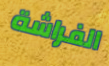
الفراشة